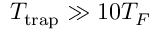
T _ { \mathrm { t r a p } } \gg 1 0 T _ { F }